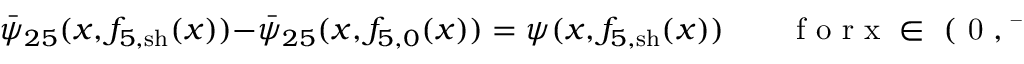
\bar { \psi } _ { 2 5 } ( x , f _ { 5 , \mathrm { s h } } ( x ) ) - \bar { \psi } _ { 2 5 } ( x , { f } _ { 5 , 0 } ( x ) ) = \psi ( x , f _ { 5 , \mathrm { s h } } ( x ) ) \qquad \mathrm { ~ f ~ o ~ r ~ x ~ \in ~ ( ~ 0 ~ , ~ \bar { ~ } { ~ \varepsilon ~ } ~ ) ~ } \, .